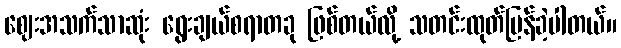
ဈေးအသက်သာဆုံး ရွေးချယ်စရာတခု ဖြစ်တယ်လို့ သတင်းထုတ်ပြန်ခဲ့ပါတယ်။